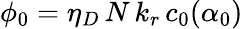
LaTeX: \phi_{0}=\eta_{D}\, N\, k_{r}\, c_{0}(\alpha_{0})